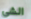
الشي